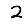
Digit: 2